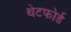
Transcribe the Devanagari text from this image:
थेटफोर्ड